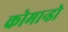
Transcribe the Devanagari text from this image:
कोमान्डो